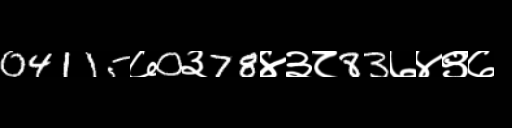
Text: 04115७0३78४३८83७४९७